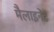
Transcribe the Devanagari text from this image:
मैलाइनेंट